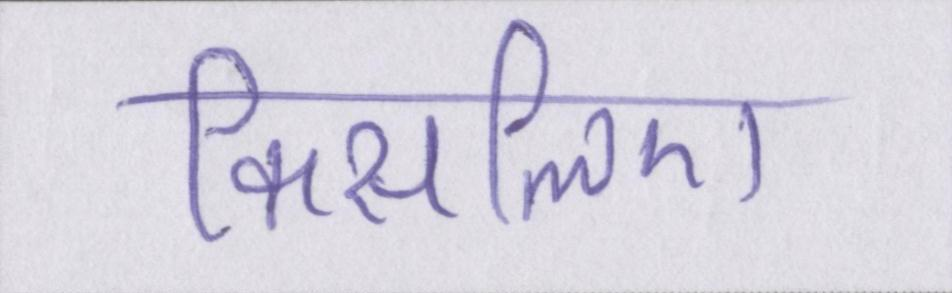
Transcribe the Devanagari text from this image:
किसलिए